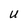
Character: U